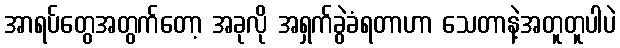
အာရပ်တွေအတွက်တော့ အခုလို အရှက်ခွဲခံရတာဟာ သေတာနဲ့အတူတူပါပဲ